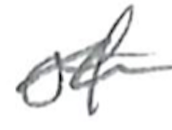
Text: of
Cross-out: wave
Writing tool: pencil